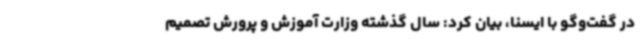
در گفت‌وگو با ایسنا، بیان کرد: سال گذشته وزارت آموزش و پرورش تصمیم